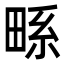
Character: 𭻖